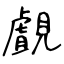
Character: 覰